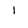
Character: 1